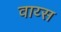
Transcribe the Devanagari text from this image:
वाय्स